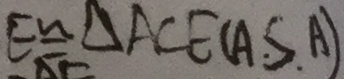
E \cong \Delta A C E ( A . S . A )